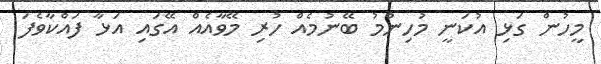
މީހުން ގަޅި އުކަނީ މުހިންމު ބޭނުމެއް ހުރި މޭވާއެއް އޭގައި އަޅާ ފައްކާވެފަ